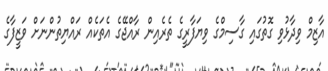
އާޒިމް ވިދާޅުވި ގޮތުގައި ގާސިމްގެ ވިޔަފާރީގެ ތެރެއިން ރާއްޖޭގެ އެތަކެއް ރައްޔިތުންނަށް ވަޒީފާގެ